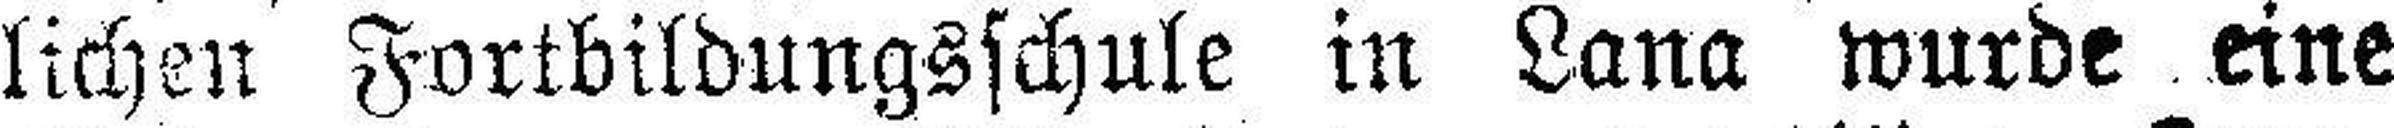
lichen Fortbildungsschule in Lana wurde eine